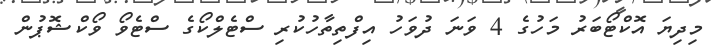
މިދިޔަ އޮކްޓޯބަރު މަހުގެ 4 ވަނަ ދުވަހު އިފްތިތާހުކުރި ސްޓެލްކޯގެ ސްޓެވޯ ވޯކްޝޮޕުން